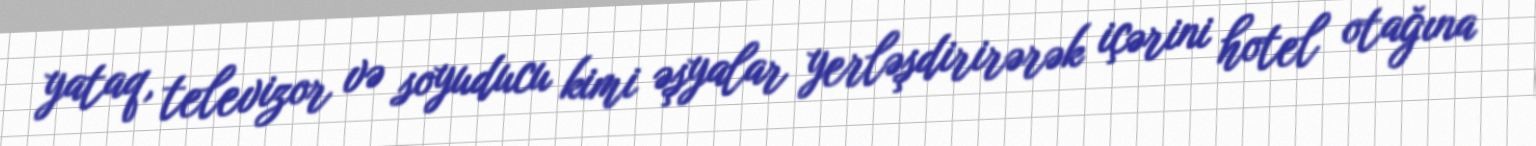
yataq, televizor və soyuducu kimi əşyalar yerləşdirirərək içərini hotel otağına